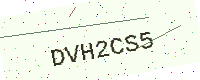
Text: DVH2CS5